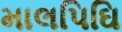
માલપિઘિ